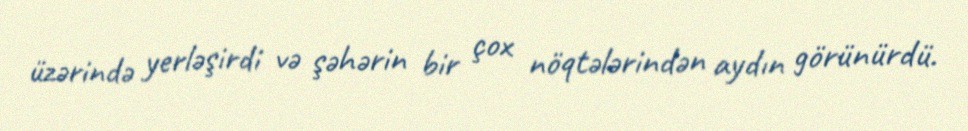
üzərində yerləşirdi və şəhərin bir çox nöqtələrindən aydın görünürdü.